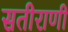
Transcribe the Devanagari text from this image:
सतीराणी